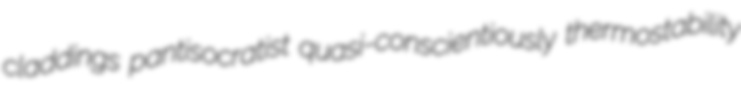
claddings pantisocratist quasi-conscientiously thermostability